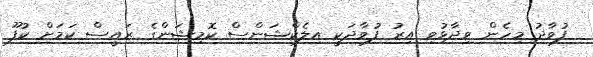
ފުވާދު މިހެން ވިދާޅުވި އިރު ފުވާދަކީ އިލެކްޝަންސް ކޮމިޝަންގެ ރައީސް ކަމަށް ކުފޫ